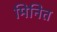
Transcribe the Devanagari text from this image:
मिनित